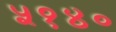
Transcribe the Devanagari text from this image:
५१४०